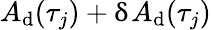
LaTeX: A_{\mathrm{d}}(\tau_{j})+\updelta A_{\mathrm{d}}(\tau_{j})